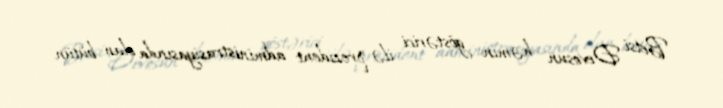
Betsi Devosun həmin göstərici ilə prezident administrasiyasında olan bütün